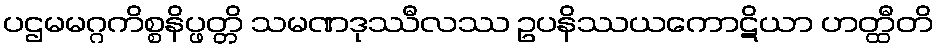
ပဌမမဂ္ဂကိစ္စနိပ္ဖတ္တိ သမဏဒုဿီလဿ ဥပနိဿယကောဋိယာ ဟတ္ထီတိ